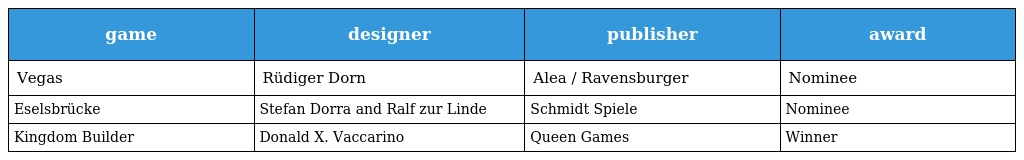
| game | designer | publisher | award |
 | --- | --- | --- | --- |
 | Vegas | Rüdiger Dorn | Alea / Ravensburger | Nominee |
 | Eselsbrücke | Stefan Dorra and Ralf zur Linde | Schmidt Spiele | Nominee |
 | Kingdom Builder | Donald X. Vaccarino | Queen Games | Winner |